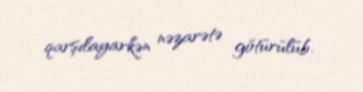
qarşılayarkən nəzarətə götürülüb.